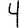
Digit: 4